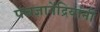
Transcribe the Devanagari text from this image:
पंचज्ञानेंद्रियांनी